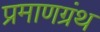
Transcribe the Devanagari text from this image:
प्रमाणग्रंथ